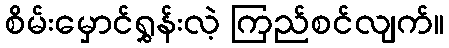
စိမ်းမှောင်ရွှန်းလဲ့ ကြည်စင်လျက်။